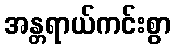
အန္တရာယ်ကင်းစွာ